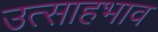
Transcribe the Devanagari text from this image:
उत्साहभाव